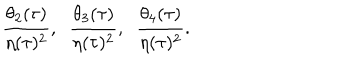
\frac { \theta _ { 2 } ( \tau ) } { \eta ( \tau ) ^ { 2 } } , \; \; \frac { \theta _ { 3 } ( \tau ) } { \eta ( \tau ) ^ { 2 } } , \; \; \frac { \theta _ { 4 } ( \tau ) } { \eta ( \tau ) ^ { 2 } } .